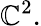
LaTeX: \mathbb{C}^{2}.